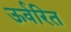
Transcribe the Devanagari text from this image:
ऊर्वरित